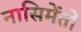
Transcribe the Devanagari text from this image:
नासिमेंतो